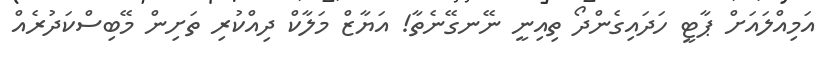
އަމިއްލައަށް ޕާޓީ ހަދައިގެންދޯ ތިއިނީ ނޭނގޭނެތާ! އަޔާޒް މަލާކް ދިއްކުރި ތަށިން މޭބިސްކަދުރެއް